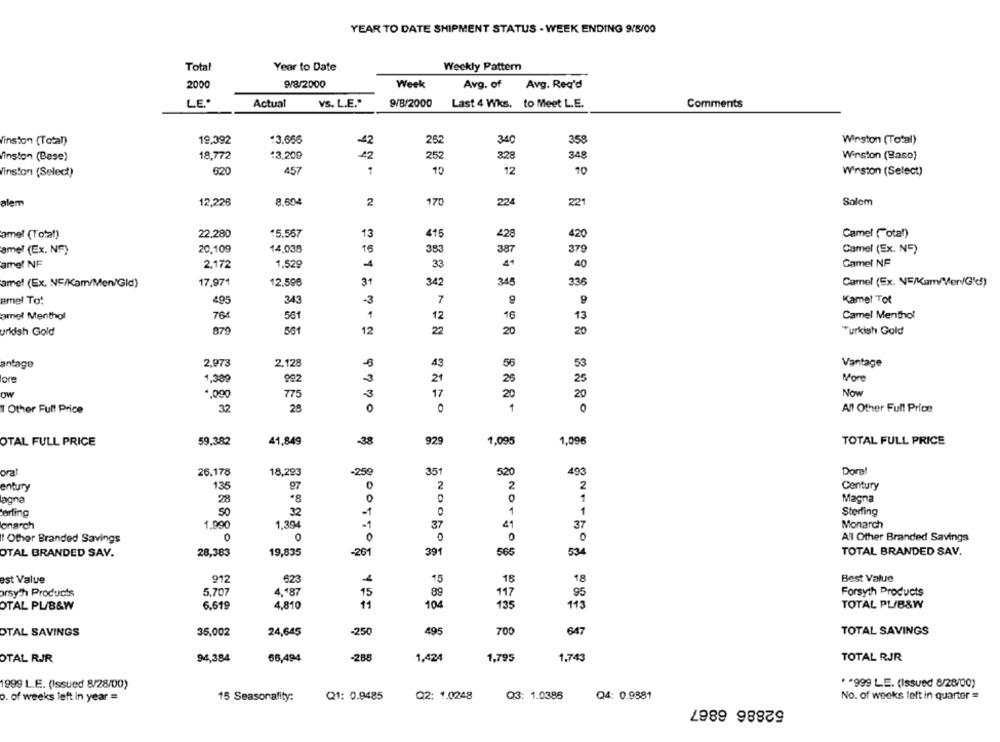
YEAR TO DATE SHIPMENT STATUS - WEEK ENDING 9/8/00
Total
Year to Date
Weekly Pattern
2000
9/8/2000
Week
Avg. of
Avg. Req'd
LE ..
Actual
VS. L.E."
9/B/2000
Last 4 Wks. to Meet L.E.
Comments
Winston (Total)
19,392
13.666
252
340
358
Winston (Total)
-42
18,772
13,209
42
252
328
Winston (Baso)
Winston (Bese)
348
620
457
10
12
10
Winston (Select)
Winston (Select)
224
alem
12,226
8.604
2
170
221
Salom
amel (Total)
22.280
15.567
13
415
428
420
Camel ("otal)
ame! (Ex. NF)
20,109
14,038
15
383
387
379
Camel (Ex. NF)
amel NF
2,172
1,529
4
3
40
Camel NF
17,971
12,596
31
342
345
336
Camel (Ex. NE/Kam/Ver/G'd)
amel (Ex. NF/Kam/Men/Gid)
amel To:
495
343
-3
7
9
Kamel Tot
amel Menthol
764
561
12
16
13
Camel Menthol
uridish Gold
879
561
12
22
20
20
Turkish Gold
anlage
2.973
2.128
43
56
53
Vantage
1,389
922
3
21
26
More
25
OW
4,090
775
3
17
20
Now
20
32
28
0
All Other Full Price
Other Full Price
O
0
OTAL FULL PRICE
59.382
41,849
-38
929
1,095
1,096
TOTAL FULL PRICE
oral
26.178
18,293
-259
351
520
493
Dora!
entury
135
97
2
2
Century
0
0
Magna
lagna
28
erling
50
32
-1
Sterling
onarch
1.990
1,394
-1
37
41
37
Monarch
Other Branded Savings
0
0
0
All Other Branded Savings
OTAL BRANDED SAY.
28,383
19,835
-201
391
NOOGOS
565
534
TOTAL BRANDED SAV.
est Value
912
4
18
Best Value
623
15
18
orsy h Products
5,707
4,"87
15
89
117
Forsyth Products
95
OTAL PL/B&W
6.619
4,810
11
104
135
113
TOTAL PL/B&W
OTAL SAVINGS
24,645
-250
495
700
TOTAL SAVINGS
35,002
647
OTAL RJR
94,384
66,494
-288
1,424
1,795
1.743
TOTAL RJR
1999 L.E. (Issued 8/28/00)
* * 999 LE. (Issued 8/28/00)
15 Seasonality:
Q1: 0.9485
Q2: 1.0248
Q3: 1.0386
Q4: 0.9881
No. of weeks left in quarter =
o. of weeks left in year =
52886 6867